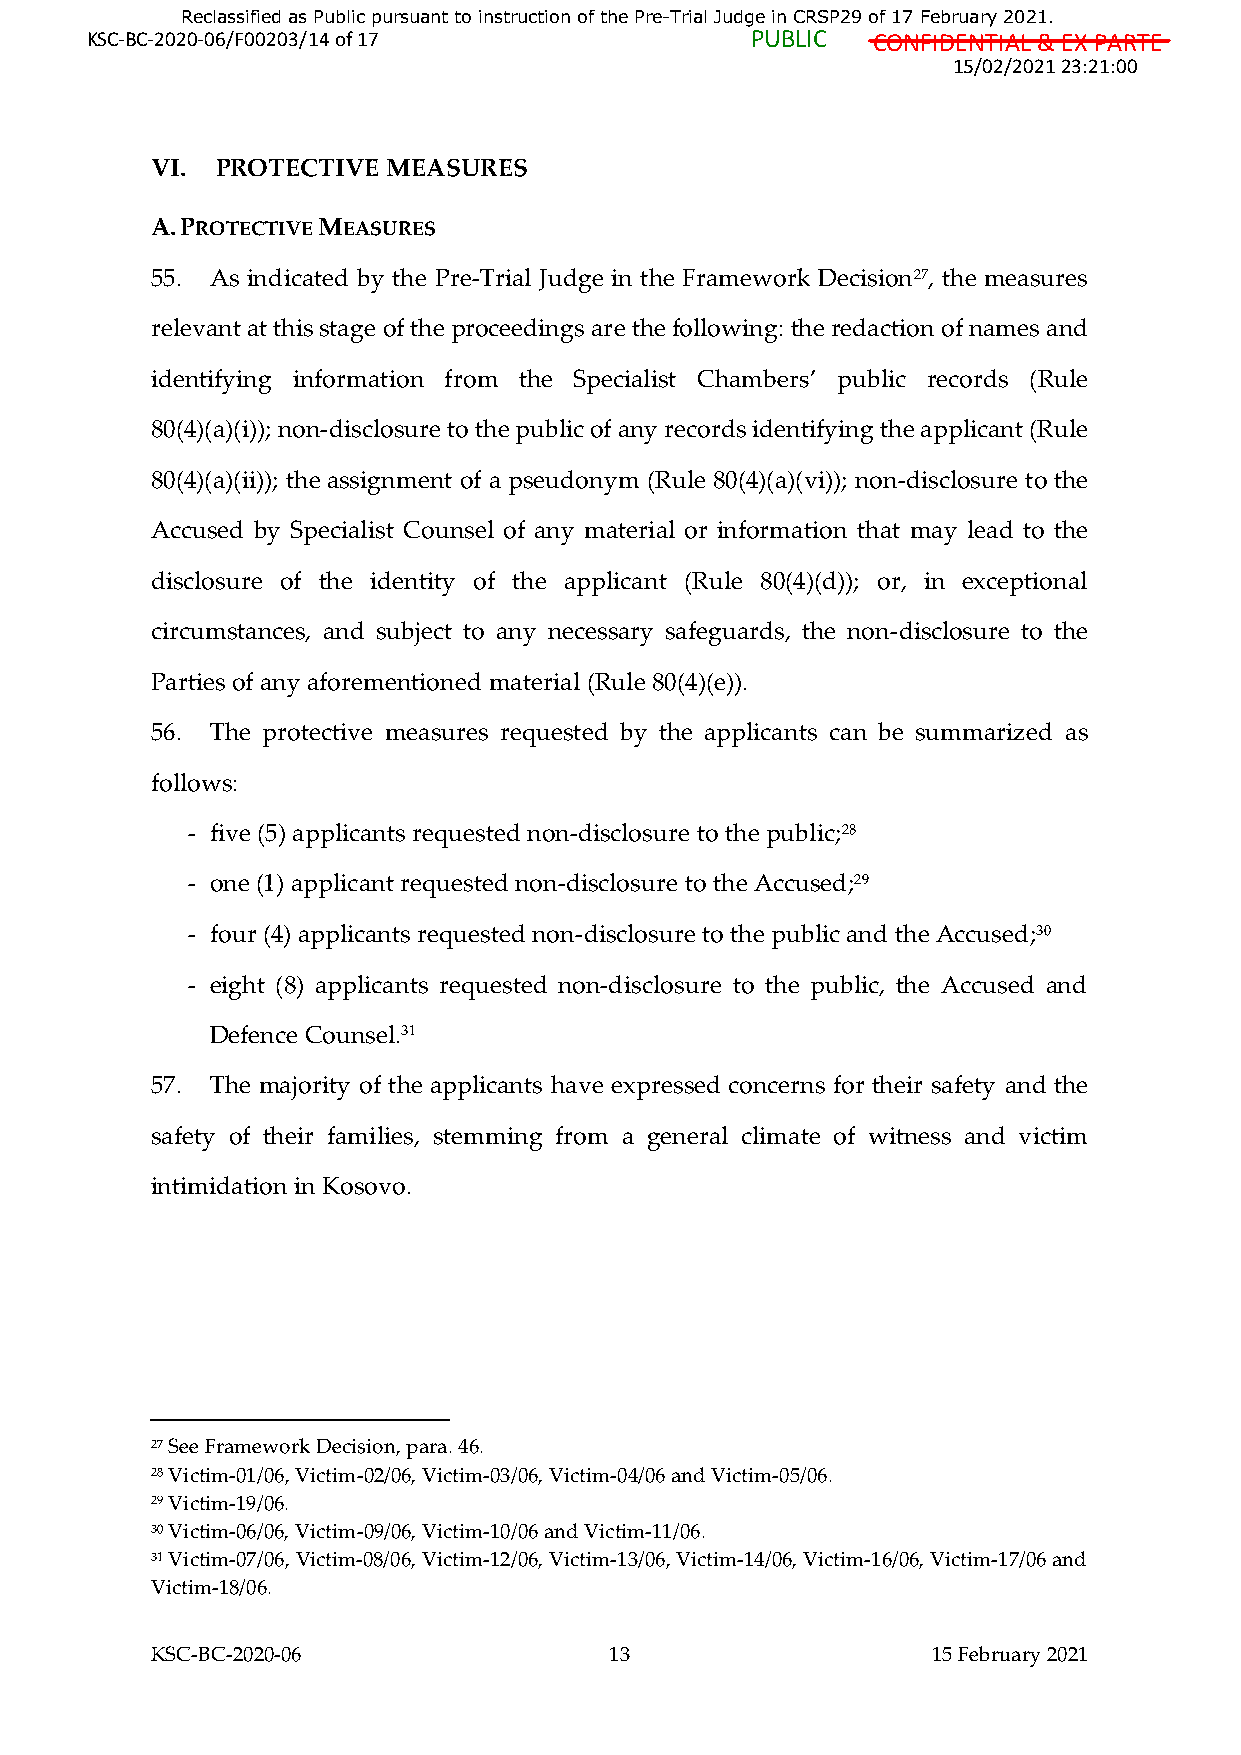
Reclassified as Public pursuant to instruction of the Pre-Trial Judge in CRSP29 of 17 February 2021.
 KSC-BC-2020-06/F00203/14 of 17              PUBLIC  CONFIDENTIAL & EX PARTE
 15/02/2021 23:21:00
 VI. PROTECTIVE  MEASURES
 A. PROTECTIVE MEASURES
 55. As indicated by the Pre-Trial Judge in the Framework Decision27, the measures
 relevant at this stage of the proceedings are the following: the redaction of names and
 identifying information from the Specialist Chambers’ public records (Rule
 80(4)(a)(i)); non-disclosure to the public of any records identifying the applicant (Rule
 80(4)(a)(ii)); the assignment of a pseudonym (Rule 80(4)(a)(vi)); non-disclosure to the
 Accused by Specialist Counsel of any material or information that may lead to the
 disclosure of the identity of the applicant (Rule 80(4)(d)); or, in exceptional
 circumstances, and subject to any necessary safeguards, the non-disclosure to the
 Parties of any aforementioned material (Rule 80(4)(e)).
 56. The protective measures requested by the applicants can be summarized as
 follows:
 - five (5) applicants requested non-disclosure to the public;28
 - one (1) applicant requested non-disclosure to the Accused;29
 - four (4) applicants requested non-disclosure to the public and the Accused;30
 - eight (8) applicants requested non-disclosure to the public, the Accused and
 Defence Counsel.31
 57. The majority of the applicants have expressed concerns for their safety and the
 safety of their families, stemming from a general climate of witness and victim
 intimidation in Kosovo.
 27 See Framework Decision, para. 46.
 28 Victim-01/06, Victim-02/06, Victim-03/06, Victim-04/06 and Victim-05/06.
 29 Victim-19/06.
 30 Victim-06/06, Victim-09/06, Victim-10/06 and Victim-11/06.
 31 Victim-07/06, Victim-08/06, Victim-12/06, Victim-13/06, Victim-14/06, Victim-16/06, Victim-17/06 and
 Victim-18/06.
 KSC-BC-2020-06                13                    15 February 2021